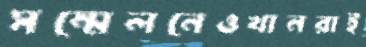
সম্মেলনেওখানরাই